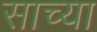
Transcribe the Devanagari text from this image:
साच्या